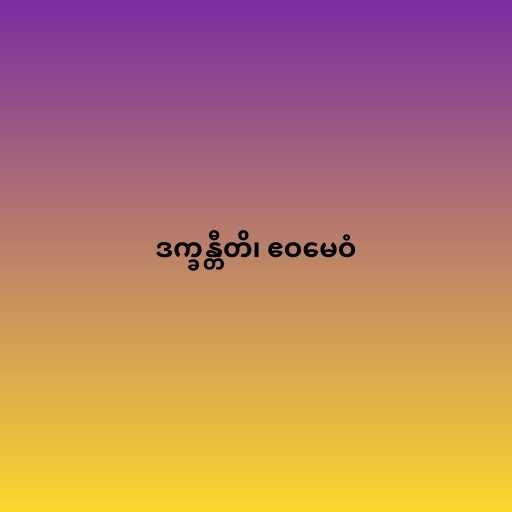
ဒက္ခန္တီတိ၊ ဧဝမေဝံ